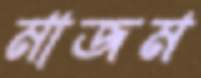
মাজম